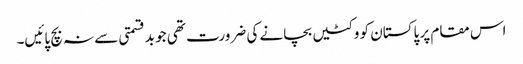
اس مقام پر پاکستان کو وکٹیں بچانے کی ضرورت تھی جو بدقسمتی سے نہ بچ پائیں۔